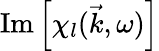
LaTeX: \operatorname{Im}\left[\chi_{l}(\vec{k},\omega)\right]